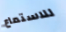
للاستماع